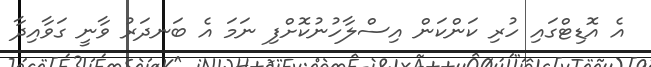
އެ އޮޑިޓްގައި ހުރި ކަންކަން އިސްލާހުނުކޮށްފި ނަމަ އެ ބަނދަރު ވާނީ ގަވާއިދާ